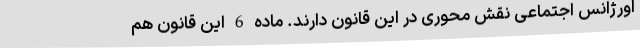
اورژانس اجتماعی نقش محوری در این قانون دارند. ماده 6 این قانون هم